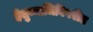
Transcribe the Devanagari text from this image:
हेतुव्याधिविपरीत